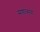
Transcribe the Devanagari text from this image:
सणोत्सव